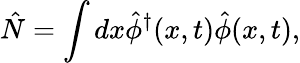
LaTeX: \hat{N}=\int dx\hat{\phi}^{\dagger}(x,t)\hat{\phi}(x,t),